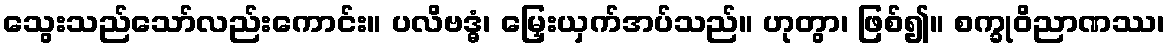
သွေးသည်သော်လည်းကောင်း။ ပလိဗဒ္ဓံ၊ မြှေးယှက်အပ်သည်။ ဟုတွာ၊ ဖြစ်၍။ စက္ခုဝိညာဏဿ၊